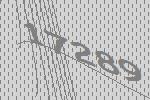
17289